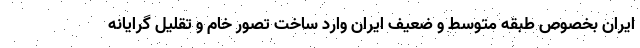
ایران بخصوص طبقه متوسط و ضعیف ایران وارد ساخت تصور خام و تقلیل گرایانه